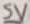
Text: 5V